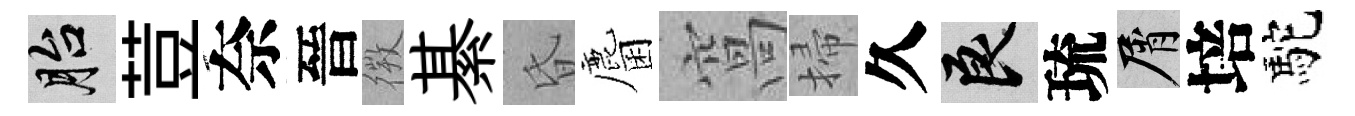
胎荳奈晉𢕄綦昏麕窩掃久良琉屑培駝